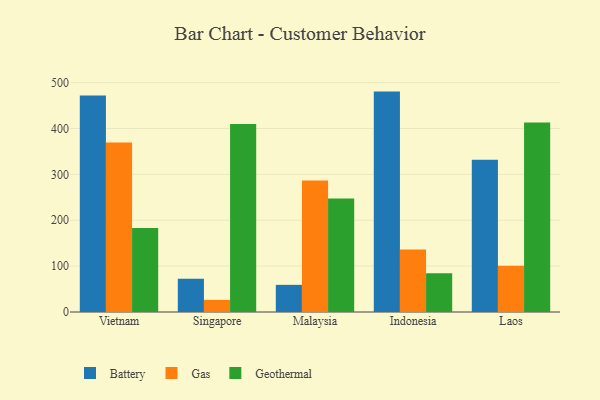
{"axis": {"x": "Country", "y": "Temperature (°C)"}, "legend": ["Battery", "Gas", "Geothermal"], "data": [{"x": "Vietnam", "y": 471.9, "type": "Battery"}, {"x": "Vietnam", "y": 369.5, "type": "Gas"}, {"x": "Vietnam", "y": 182.9, "type": "Geothermal"}, {"x": "Singapore", "y": 72.5, "type": "Battery"}, {"x": "Singapore", "y": 26.4, "type": "Gas"}, {"x": "Singapore", "y": 409.8, "type": "Geothermal"}, {"x": "Malaysia", "y": 59.2, "type": "Battery"}, {"x": "Malaysia", "y": 286.6, "type": "Gas"}, {"x": "Malaysia", "y": 247.6, "type": "Geothermal"}, {"x": "Indonesia", "y": 480.4, "type": "Battery"}, {"x": "Indonesia", "y": 136.1, "type": "Gas"}, {"x": "Indonesia", "y": 84.2, "type": "Geothermal"}, {"x": "Laos", "y": 331.8, "type": "Battery"}, {"x": "Laos", "y": 100.8, "type": "Gas"}, {"x": "Laos", "y": 413.2, "type": "Geothermal"}]}